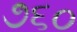
૭૬૦